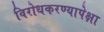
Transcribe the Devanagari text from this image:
विरोधकरण्यापेक्षा